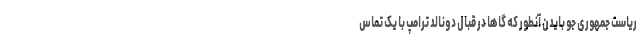
ریاست جمهوری جو بایدن آنطور که گاها در قبال دونالد ترامپ با یک تماس